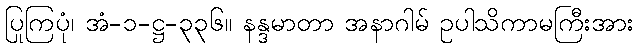
ပြုကြပုံ၊ အံ-၁-ဋ္ဌ-၃၃၆။ နန္ဒမာတာ အနာဂါမ် ဥပါသိကာမကြီးအား